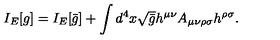
I _ { E } [ g ] = I _ { E } [ \bar { g } ] + \int d ^ { 4 } x \sqrt { \bar { g } } h ^ { \mu \nu } A _ { \mu \nu \rho \sigma } h ^ { \rho \sigma } .